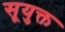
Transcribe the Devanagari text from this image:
सूयुक्त